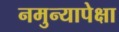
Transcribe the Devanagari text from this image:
नमुन्यापेक्षा